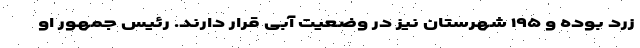
زرد بوده و ۱۹۵ شهرستان نیز در وضعیت آبی قرار دارند. رئیس جمهور او